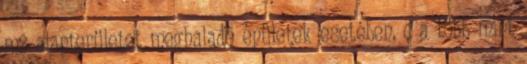
m2 alapterületet meghaladó épületek esetében, c a több mint